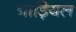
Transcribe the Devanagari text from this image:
नाड़ियल